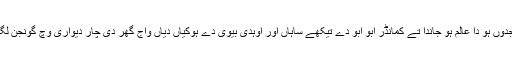
ہر رات جدوں ہو دا عالم ہو جاندا تے کمانڈر ابو ابو دے تیکھے ساہاں اور اوہدی بیوی دے ہوکیاں دیاں واج گھر دی چار دیواری وچ گونجن لگ پیندی ۔